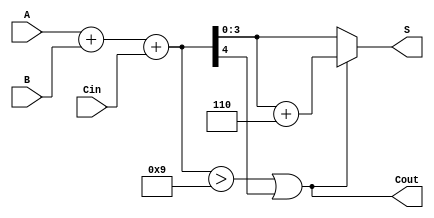
module BCD_Asynchronous_Adder (
    input  [3:0] A,      // 4-bit BCD input A
    input  [3:0] B,      // 4-bit BCD input B
    input         Cin,    // Carry-in
    output [3:0] S,      // 4-bit BCD output S
    output        Cout    // Carry-out
);

// Intermediate signals
wire [4:0] sum;         // 5-bit sum
wire correction_needed;  // Signal to indicate if correction is needed

// Step 1: Binary addition of A, B, and Cin
assign sum = A + B + Cin;

// Step 2: Determine if correction is needed
assign correction_needed = (sum > 9) || sum[4];

// Step 3: Apply BCD correction if necessary
assign S = correction_needed ? (sum + 5'b0110) : sum[3:0];

// Step 4: Determine carry-out
assign Cout = correction_needed;

endmodule